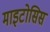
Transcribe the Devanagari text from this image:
माइटोसिस